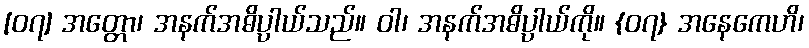
[၀၇] အတ္တော၊ အနက်အဓိပ္ပါယ်သည်။ ဝါ၊ အနက်အဓိပ္ပါယ်ကို။ {၀၇} အနေကေဟိ၊